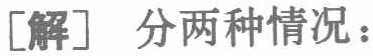
[解] 分两种情况：